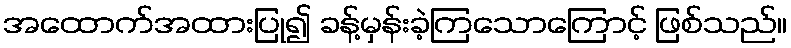
အထောက်အထားပြု၍ ခန့်မှန်းခဲ့ကြသောကြောင့် ဖြစ်သည်။